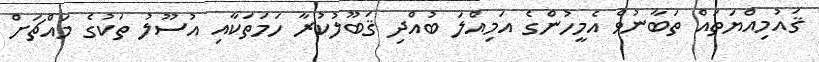
ޤައުމިއްޔަތައް ތަބާނުވެ އެމީހުންގެ އަމިއްލަ ބުއްދި ޤަބޫލުކުރާ ހަމަތަކާއި އުސޫލު ތަކުގެ މައްޗަށް